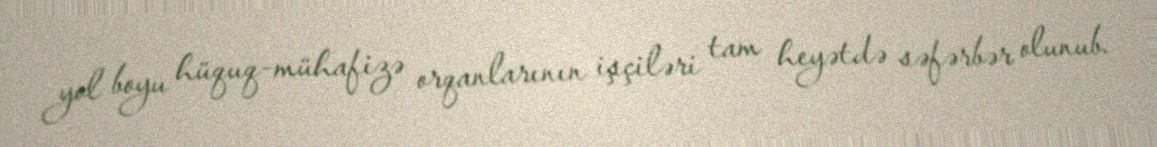
yol boyu hüquq-mühafizə orqanlarının işçiləri tam heyətdə səfərbər olunub.